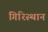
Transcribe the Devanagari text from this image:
गिरिस्थान